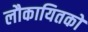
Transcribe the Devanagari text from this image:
लौकायितकों